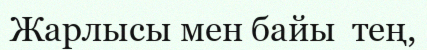
Жарлысы мен байы  тең,